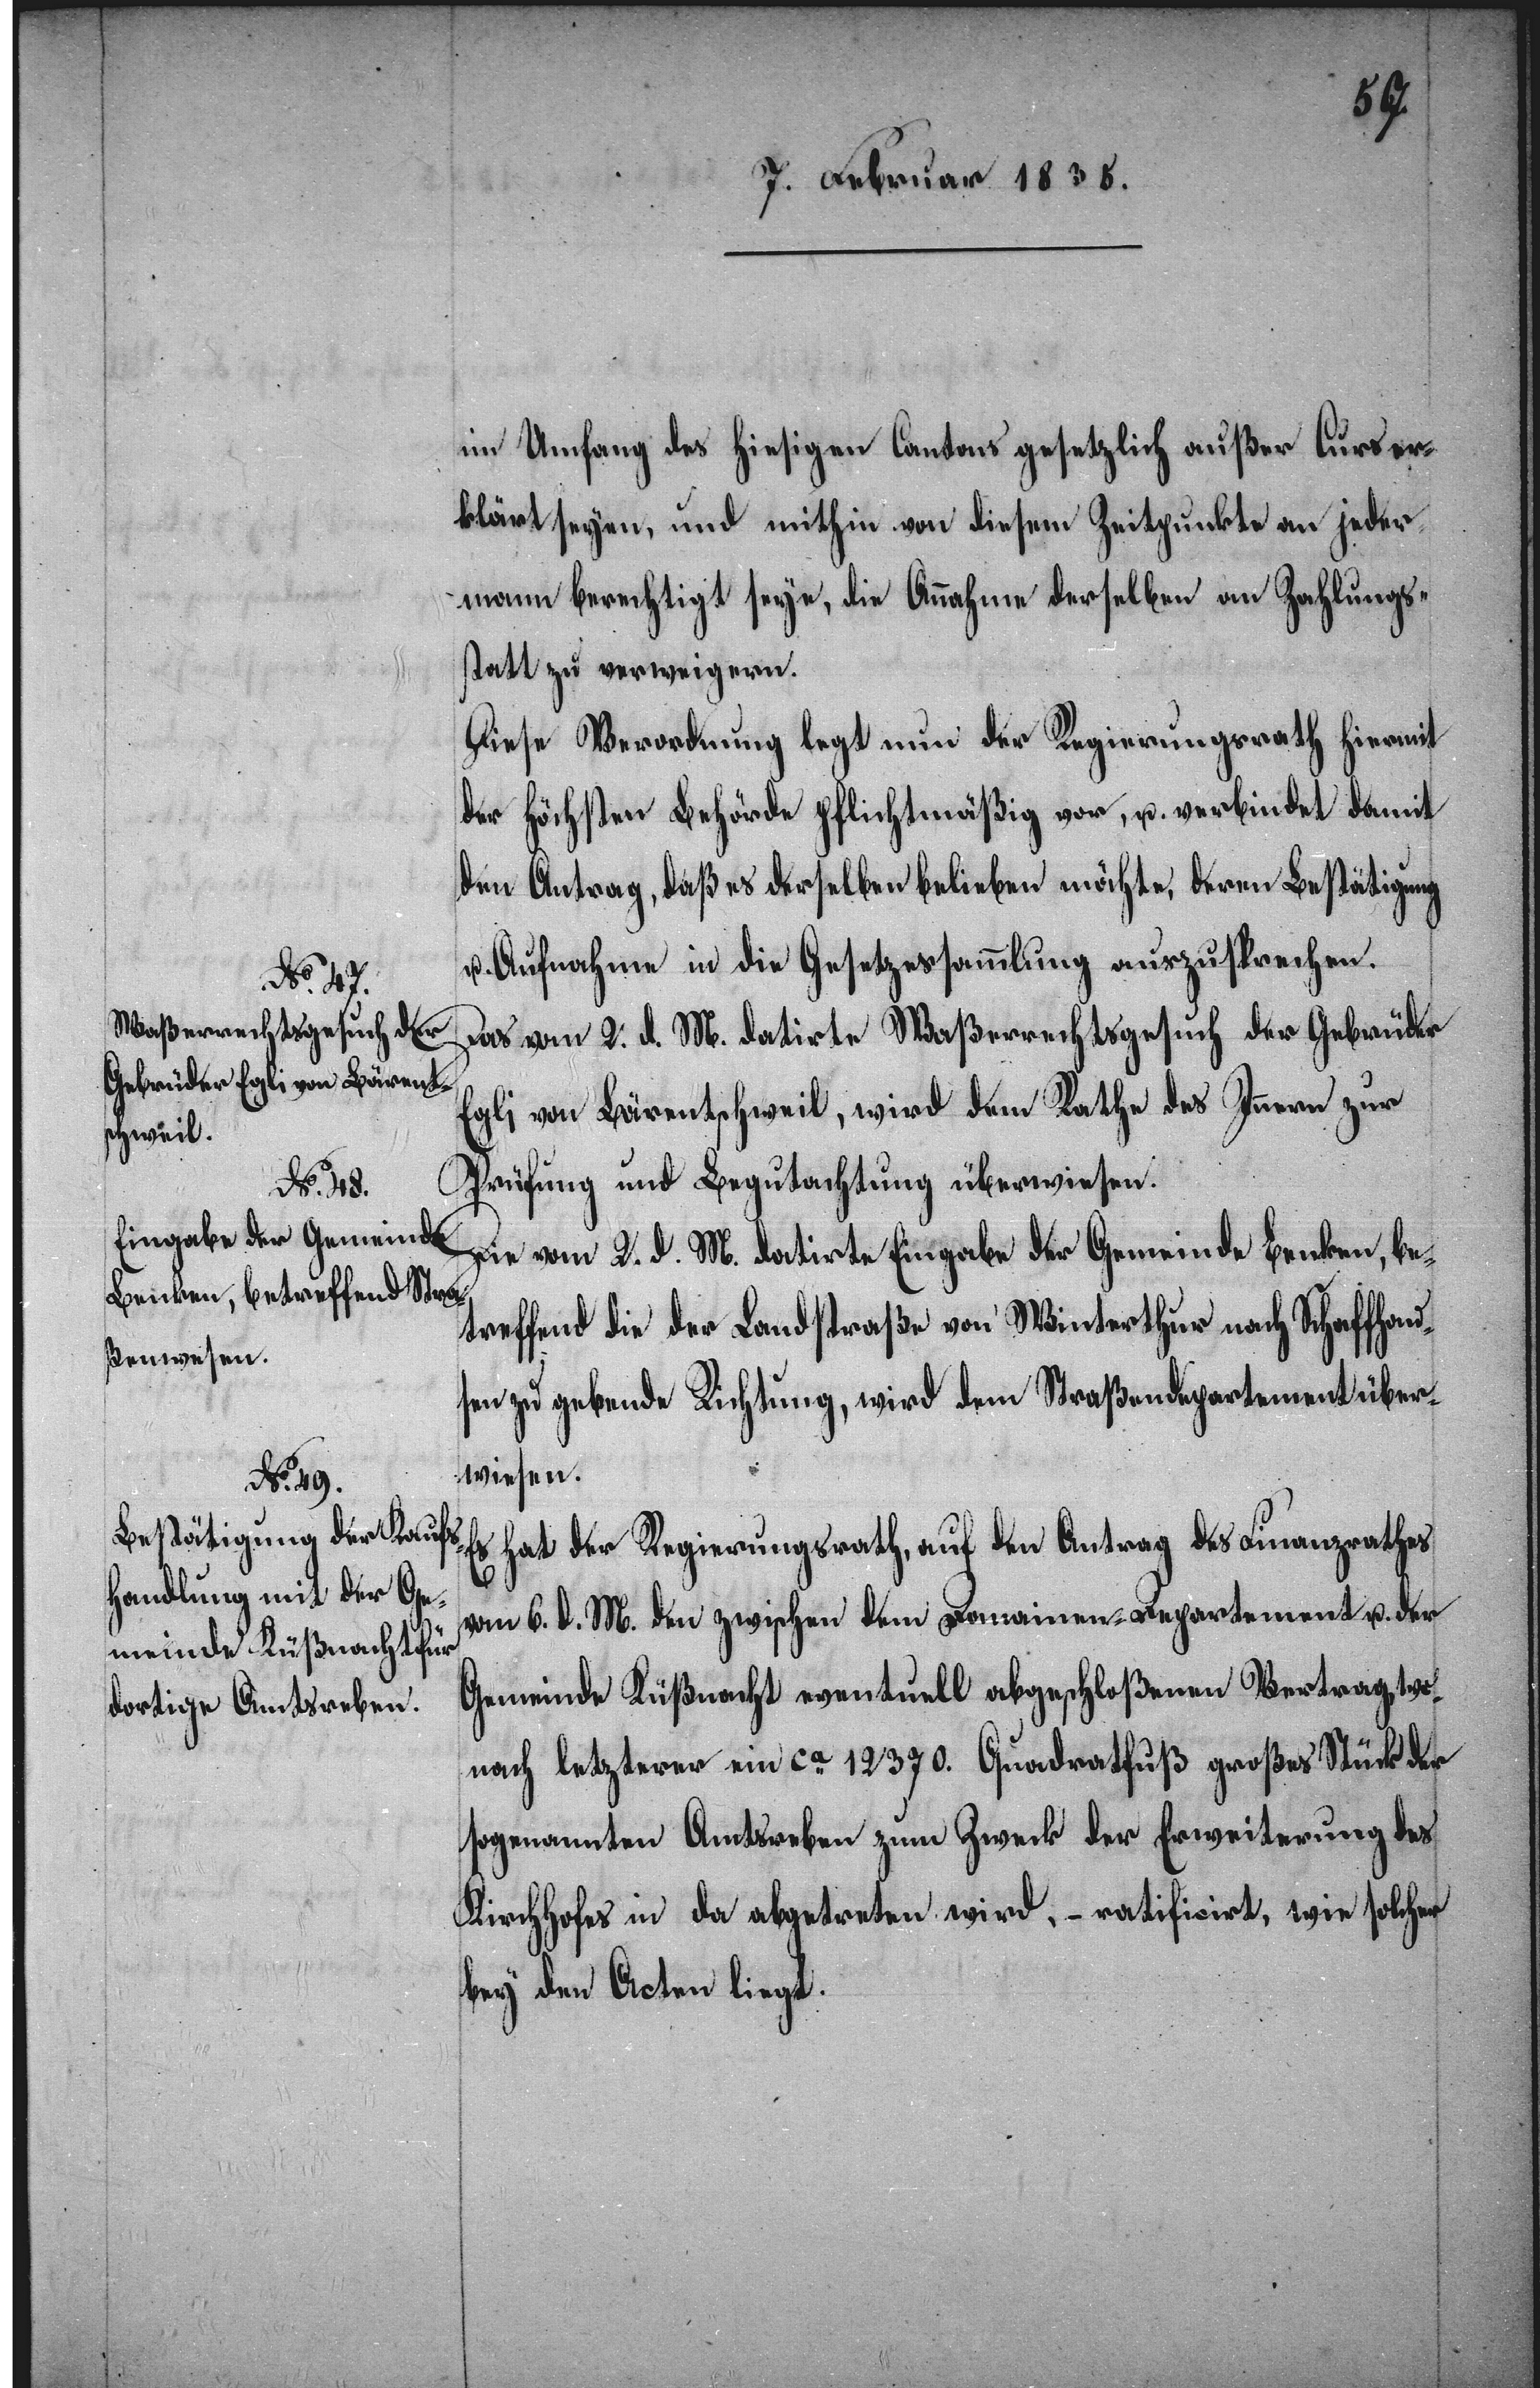
im Umfang des hiesigen Cantons gesetzlich außer Curs er¬
klärt seyen, und mithin von diesem Zeitpunkte an jeder¬
mann berechtigt seye, die Annahme derselben an Zahlungs¬
statt zu verweigern.
Diese Verordnung legt nun der Regierungsrath hiermit
der Höchsten Behörde pflichtmäßig vor, u. verbindet damit
den Antrag daß es derselben belieben möchte, deren Bestätigung
u. Aufnahme in die Gesetzessammlung auszusprechen.
Das vom 2. d. M. datirte Waßerrechtsgesuch der Gebrüder
Egli von Bärentschweil, wird dem Rathe des Innern zur
Prüfung und Begutachtung überwiesen.
Die vom 2. d. M. datirte Eingabe der Gemeinde Benken, be¬
treffend die der Landstraße von Winterthur nach Schaffhau¬
sen zu gebende Richtung, wird dem Straßendepartement über¬
wiesen.
Es hat der Regierungsrath, auf den Antrag des Finanzrathes
vom 6. d. M. den zwischen dem Domainen-Departement u. der
Gemeinde Küßnacht eventuell abgeschloßenen Vertrag, wo¬
nach letzterer ein ca 12370. Quadratfuß großes Stück der
sogenannten Amtsreben zum Zweck der Erweiterung des
Kirchhofes in da abgetreten wird, – ratificirt, wie solcher
bey den Acten liegt.